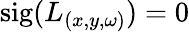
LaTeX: \textrm{sig}({L}_{(x,y,\omega)})=0